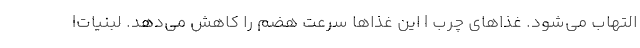
التهاب می‌شود. غذاهای چرب | این غذاها سرعت هضم را کاهش می‌دهد. لبنیات|